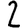
Digit: 2